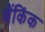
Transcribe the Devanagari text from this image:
बैंकिंक